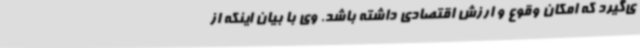
ی‌گیرد که امکان وقوع و ارزش اقتصادی داشته باشد. وی با بیان اینکه از